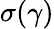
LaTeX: \sigma(\gamma)